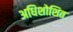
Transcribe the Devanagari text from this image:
अधिशोशित